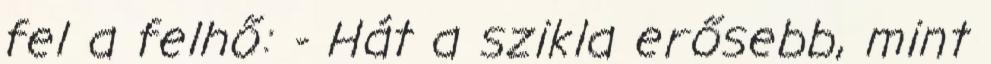
fel a felhő: - Hát a szikla erősebb, mint